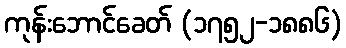
ကုန်းဘောင်ခေတ် (၁၇၅၂-၁၈၈၆)